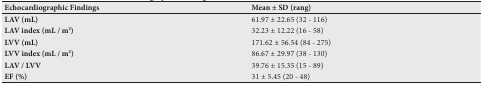
<table><thead><tr><td><b>Echocardiographic Findings</b></td><td><b>Mean ± SD (rang)</b></td></tr></thead><tbody><tr><td><b>LAV (mL)</b></td><td>61.97 ± 22.65 (32 - 116)</td></tr><tr><td><b>LAV index (mL / m<sup>2</sup>)</b></td><td>32.23 ± 12.22 (16 - 58)</td></tr><tr><td><b>LVV (mL)</b></td><td>171.62 ± 56.54 (84 - 275)</td></tr><tr><td><b>LVV index (mL / m<sup>2</sup>)</b></td><td>86.67 ± 29.97 (38 - 130)</td></tr><tr><td><b>LAV / LVV</b></td><td>39.76 ± 15.35 (15 - 89)</td></tr><tr><td><b>EF (%)</b></td><td>31 ± 5.45 (20 - 48)</td></tr></tbody></table>